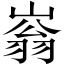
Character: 嵡